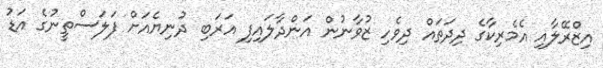
އިޒްރޭލާއި އެމެރިކާގެ ދިދަތައް ދިވެހި ޒުވާނުން އަންދާލައިފި އަރަބި ދުނިޔެއަށް ފަލަސްތީނުގެ އަޑު